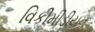
વિકીમીડીયન